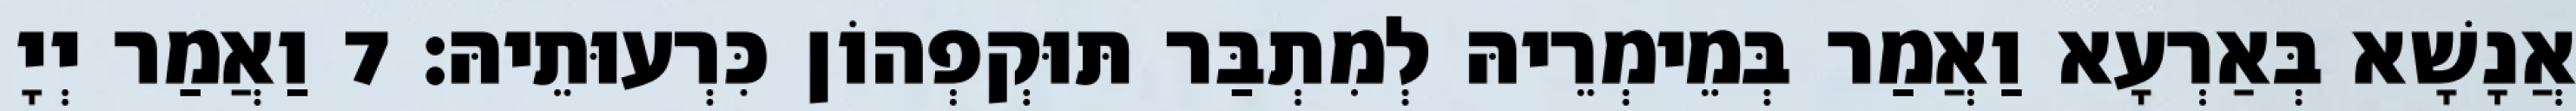
אֲנָשָׁא בְּאַרְעָא וַאֲמַר בְּמֵימְרֵיהּ לְמִתְבַּר תּוּקְפְהוֹן כִּרְעוּתֵיהּ׃ 7 וַאֲמַר יְיָ